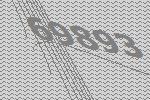
69893